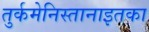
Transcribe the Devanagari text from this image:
तुर्कमेनिस्तानाइतका